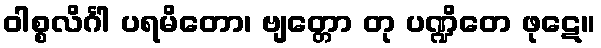
ဝါစ္စလိင်္ဂါ ပရမိတော၊ ဗျတ္တော တု ပဏ္ဍိတေ ဖုဋေ။